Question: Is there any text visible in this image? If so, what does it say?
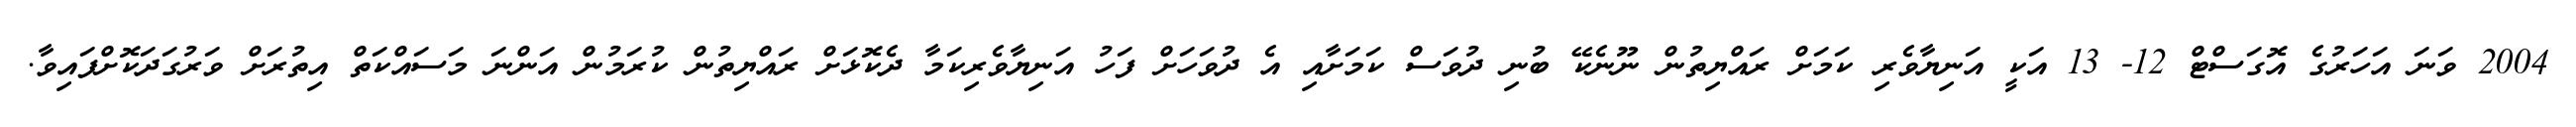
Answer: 2004 ވަނަ އަހަރުގެ އޮގަސްޓް 12- 13 އަކީ އަނިޔާވެރި ކަމަށް ރައްޔިތުން ނޫނެކޭ ބުނި ދުވަސް ކަމަށާއި އެ ދުވަހަށް ފަހު އަނިޔާވެރިކަމާ ދެކޮޅަށް ރައްޔިތުން ކުރަމުން އަންނަ މަސައްކަތް އިތުރަށް ވަރުގަދަކޮށްފައިވާ.